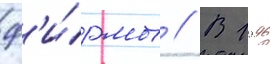
ф'и́рмы // В 1996